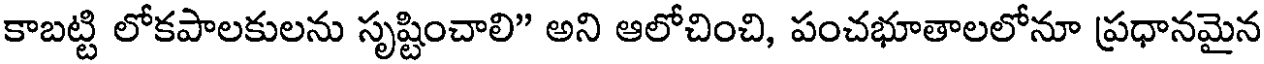
కాబట్టి లోకపాలకులను సృష్టించాలి" అని ఆలోచించి, పంచభూతాలలోనూ ప్రధానమైన